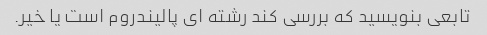
تابعی بنویسید که بررسی کند رشته ای پالیندروم است یا خیر.